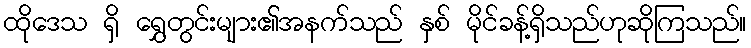
ထိုဒေသ ရှိ ရွှေတွင်းများ၏အနက်သည် နှစ် မိုင်ခန့်ရှိသည်ဟုဆိုကြသည်။